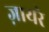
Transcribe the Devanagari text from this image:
ज़ायरे